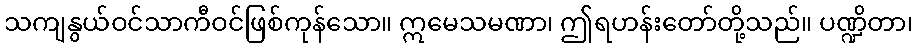
သကျနွယ်ဝင်သာကီဝင်ဖြစ်ကုန်သော။ ဣမေသမဏာ၊ ဤရဟန်းတော်တို့သည်။ ပဏ္ဍိတာ၊